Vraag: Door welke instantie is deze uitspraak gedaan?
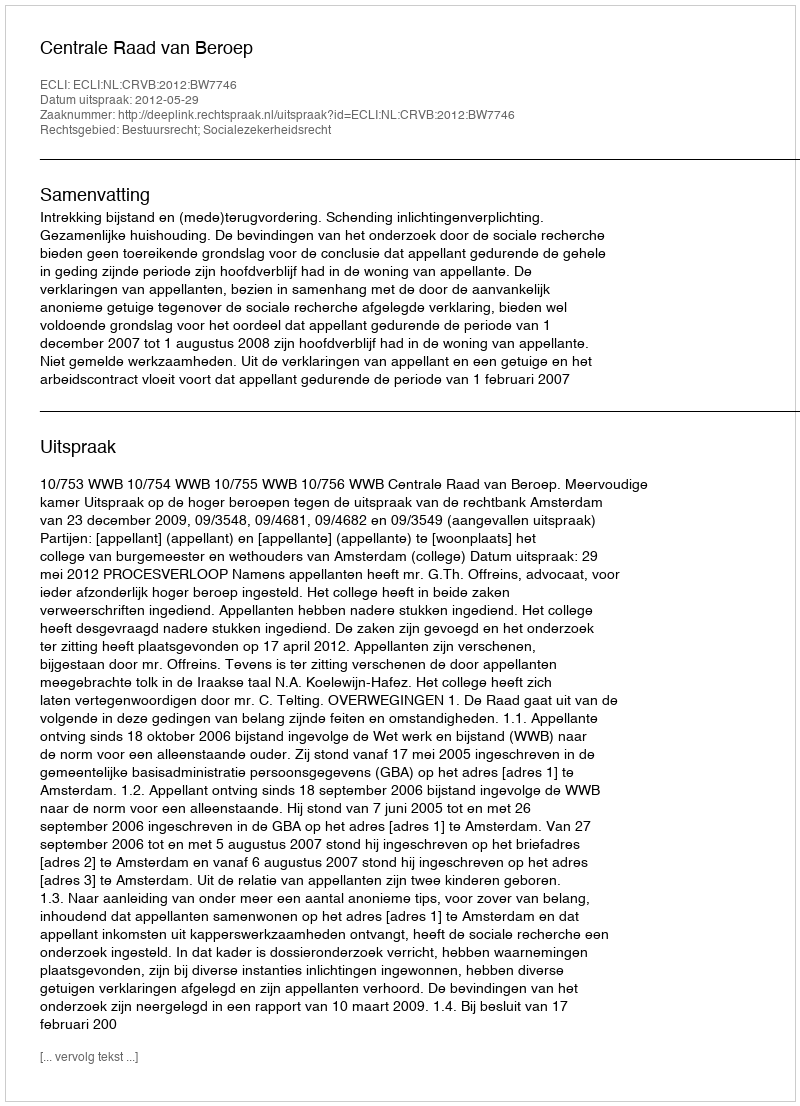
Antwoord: Centrale Raad van Beroep